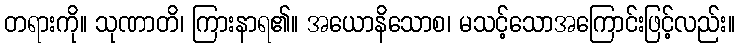
တရားကို။ သုဏာတိ၊ ကြားနာရ၏။ အယောနိသောစ၊ မသင့်သောအကြောင်းဖြင့်လည်း။